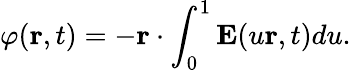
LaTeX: \varphi(\mathbf{r},t)=-\mathbf{r}\cdot\int_{0}^{1}\mathbf{E}(u\mathbf{r},t)du.